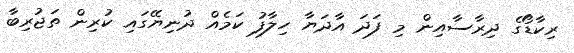
ރިކާޑޯގެ ދިރާސާއިން މި ފަދަ އާދަޔާ ހިލާފު ކަމެއް ދުނިޔޭގައި ކުރިން ތަޖުރިބާ